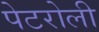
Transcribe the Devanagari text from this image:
पेटरोली